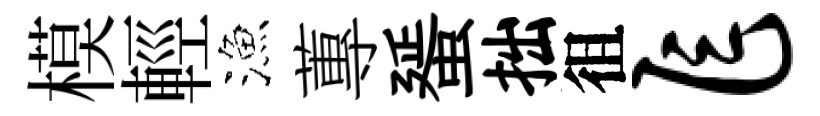
模輕漁蓴蜑拙徂乍